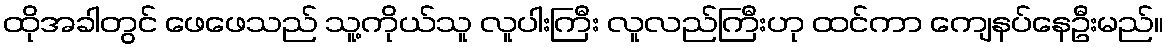
ထိုအခါတွင် ဖေဖေသည် သူ့ကိုယ်သူ လူပါးကြီး လူလည်ကြီးဟု ထင်ကာ ကျေနပ်နေဦးမည်။